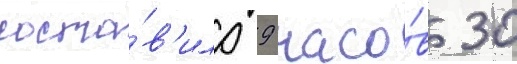
соста́в'ило 9 часо́в 30